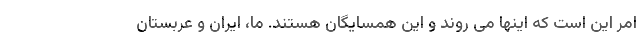
امر این است که اینها می روند و این همسایگان هستند. ما، ایران و عربستان